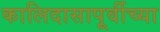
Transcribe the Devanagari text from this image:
कालिदासापूर्वीच्या